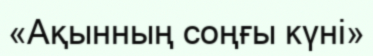
«Ақынның соңғы күні»